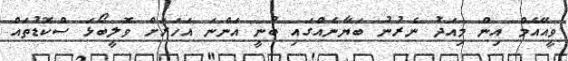
ވީއޭއެމް އިން މިއަދު ނެރުނު ބަޔާނެއްގައި ބުނީ އަންނަ އަހަރަށް ވޮލީބޯޅަ ސްކޮޑުތައް